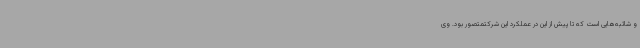
و شائبه‌هایی است که تا پیش از این در عملکرد این شرکتمتصور بود. وی